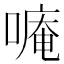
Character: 𫫡